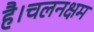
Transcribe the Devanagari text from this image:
है।चलनक्षम